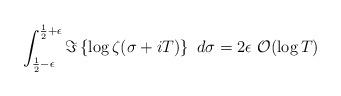
LaTeX: \begin{align*} \int_{\frac{1}{2}-\epsilon}^{\frac{1}{2}+\epsilon} \Im \left\{ \log \zeta(\sigma+iT)\right\} \ d\sigma= 2\epsilon \ \mathcal{O}(\log T) \end{align*}